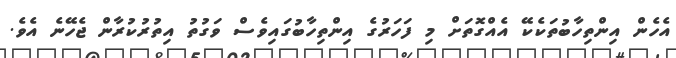
އެހެން އިންތިހާބުތަކެކޭ އެއްގޮތަށް މި ފަހަރުގެ އިންތިހާބުގައިވެސް ވަގުތު އިތުރުކުރާން ޖެހޭނެ އެވެ.